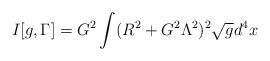
LaTeX: \begin{align*}I[g,\Gamma ]=G^{2}\int (R^{2}+G^{2}\Lambda ^{2})^{2}\sqrt{g}d^4 x\end{align*}